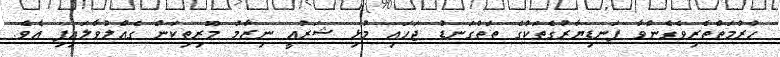
ހުރުމަތްތެރިވެގެންވާ ފަނޑިޔާރުގެތަކުގެ ތަތްގަނޑު ޖަހައި މުޅި ޝަރުއީ ނިޒާމު މޫރިތިކަން ގެއްލުވާލައިފި އެވެ.